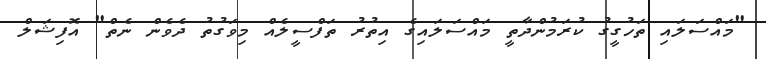
"މައްސަލައި ތަހުގީގު ކުރަމުންދާތީ މައްސަލައިގެ އިތުރު ތަފްސީލެއް މިވަގުތު ދެވެން ނެތް" އޮފިޝަލް